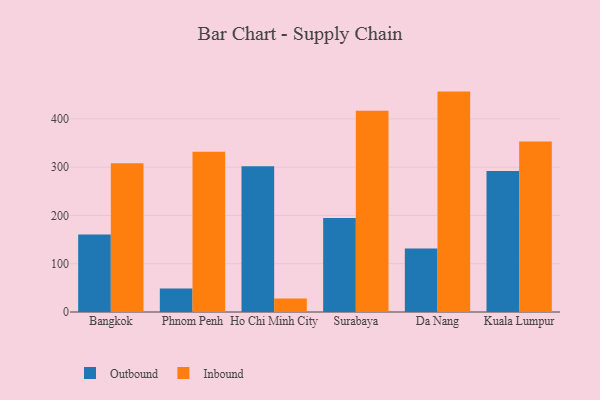
{"axis": {"x": "City", "y": "Tickets Resolved"}, "legend": ["Inbound", "Outbound"], "data": [{"x": "Bangkok", "y": 160.3, "type": "Outbound"}, {"x": "Bangkok", "y": 308.3, "type": "Inbound"}, {"x": "Phnom Penh", "y": 48.7, "type": "Outbound"}, {"x": "Phnom Penh", "y": 331.8, "type": "Inbound"}, {"x": "Ho Chi Minh City", "y": 301.9, "type": "Outbound"}, {"x": "Ho Chi Minh City", "y": 27.8, "type": "Inbound"}, {"x": "Surabaya", "y": 194.5, "type": "Outbound"}, {"x": "Surabaya", "y": 416.7, "type": "Inbound"}, {"x": "Da Nang", "y": 131.7, "type": "Outbound"}, {"x": "Da Nang", "y": 456.5, "type": "Inbound"}, {"x": "Kuala Lumpur", "y": 292.1, "type": "Outbound"}, {"x": "Kuala Lumpur", "y": 352.9, "type": "Inbound"}]}